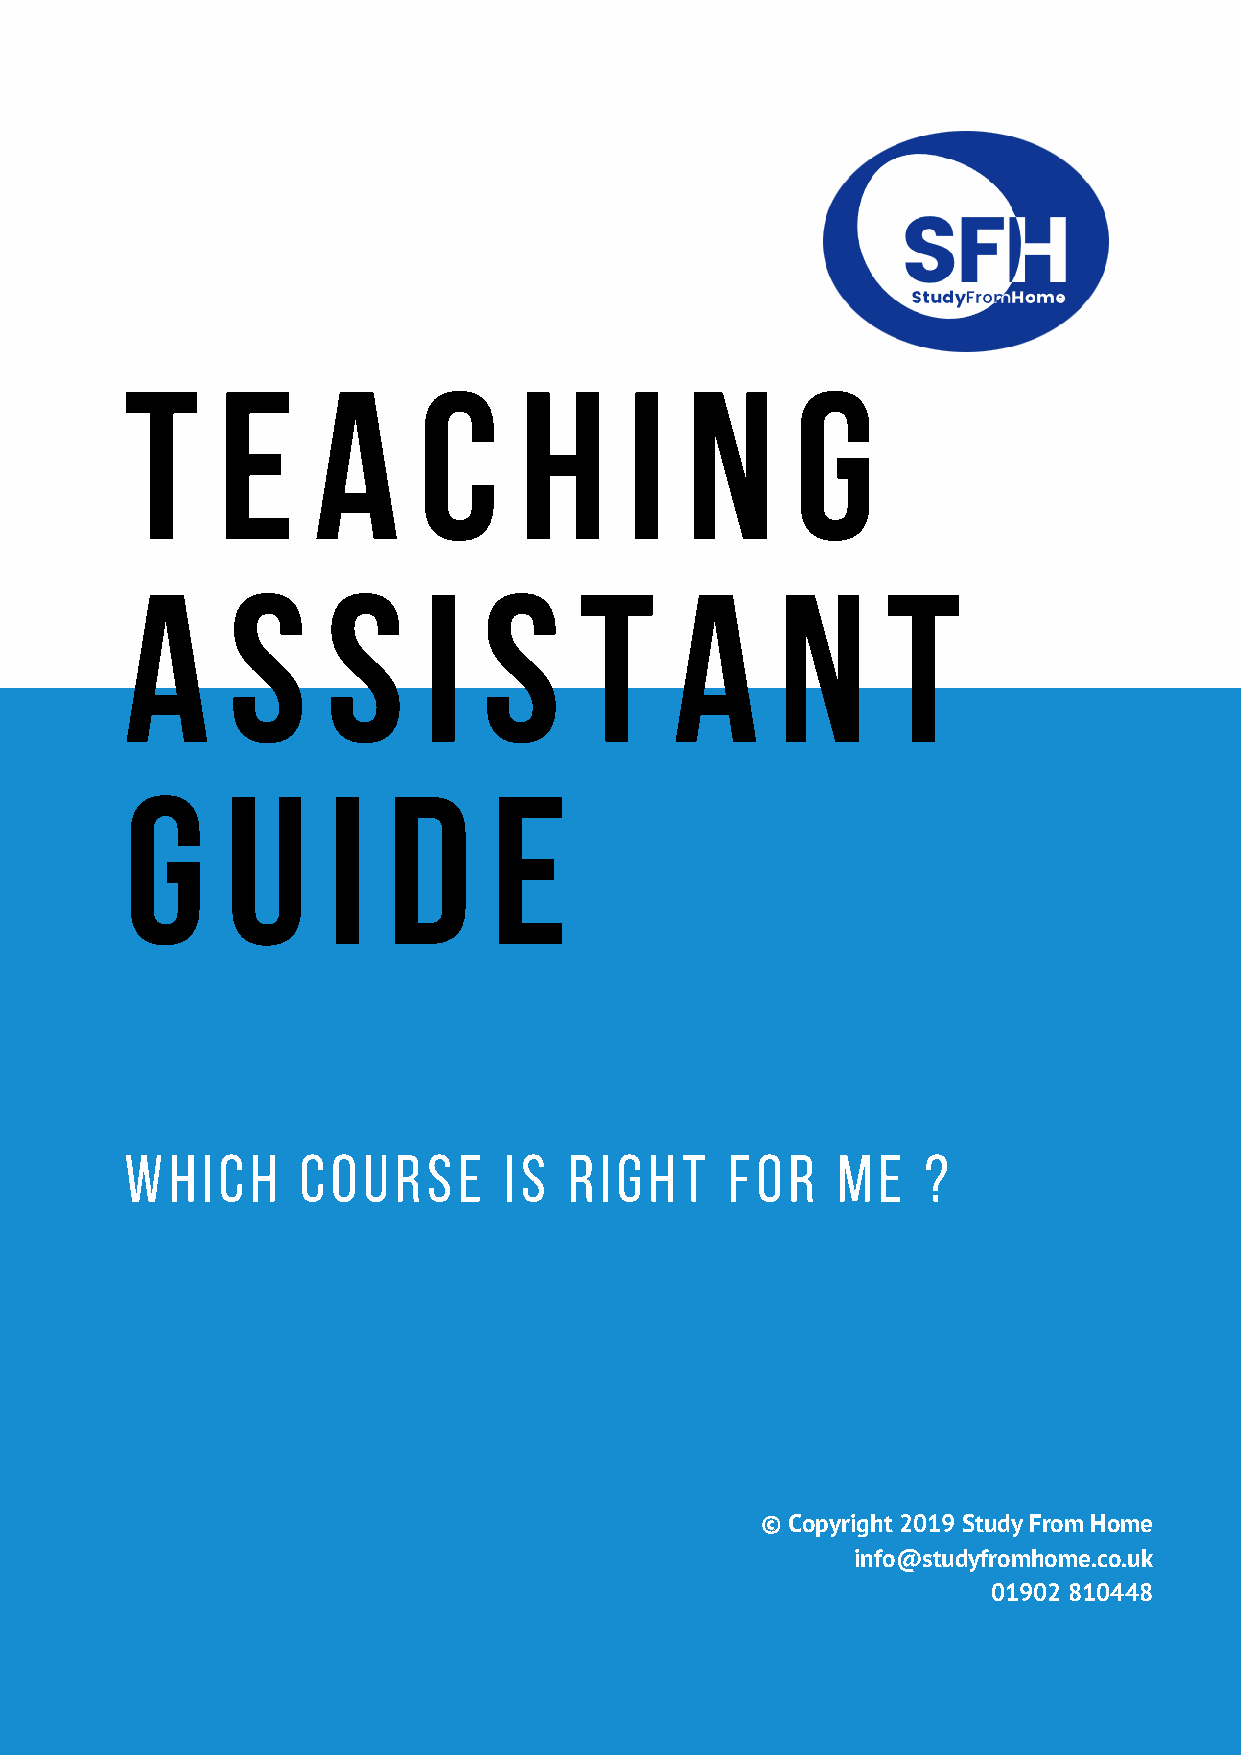
T     E      A      C     H      I   N       G
 A      S      S     I   S     T      A     N       T
 G      U      I   D     E
 which       course       is   right     for    me    ?
 © Copyright 2019 Study From Home
 info@studyfromhome.co.uk
 01902 810448